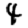
Digit: 4